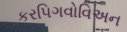
કરપિગવોવિઅન